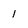
Character: I